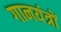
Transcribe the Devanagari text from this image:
गानयंत्रों